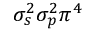
\sigma _ { s } ^ { 2 } \sigma _ { p } ^ { 2 } \pi ^ { 4 }